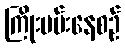
ကြိုးပမ်းနေစဉ်